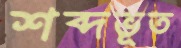
শব্দভূত